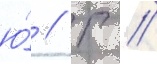
ю́ // Г //